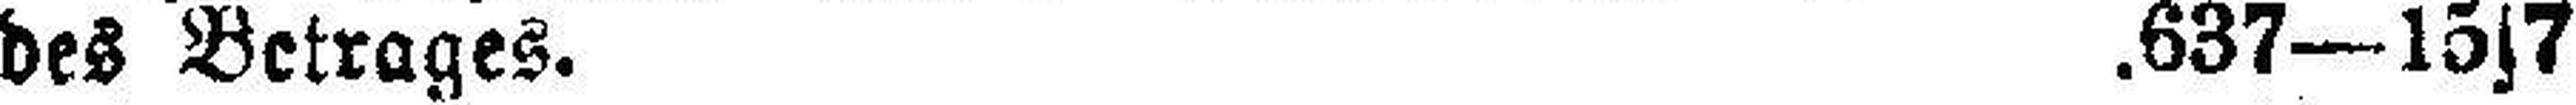
des Betrages. .637—15s7